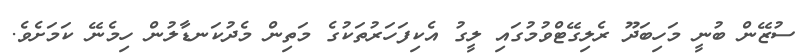
ސުޒޭން ބުނީ މަހިބަދޫ ރެލިގޭޓްވުމުގައި ލީގު އެކިފަހަރުތަކުގެ މަތިން މެދުކަނޑާލުން ހިމެނޭ ކަމަށެވެ.